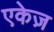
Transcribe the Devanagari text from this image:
एकेज़